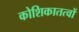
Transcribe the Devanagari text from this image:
कोशिकातत्वों